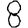
Digit: 8